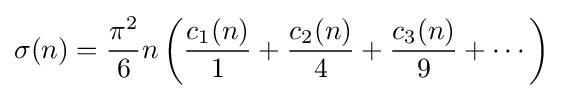
\sigma (n)={\frac {\pi ^{2}}{6}}n\left({\frac {c_{1}(n)}{1}}+{\frac {c_{2}(n)}{4}}+{\frac {c_{3}(n)}{9}}+\cdots \right)